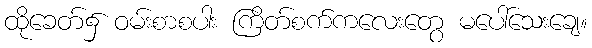
ထိုခေတ်၌ ဝမ်းစာစပါး ကြိတ်စက်ကလေးတွေ မပေါ်သေးချေ။